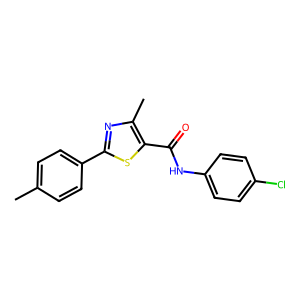
SMILES: Cc1ccc(-c2nc(C)c(C(=O)Nc3ccc(Cl)cc3)s2)cc1
Inhibits HIV replication: No